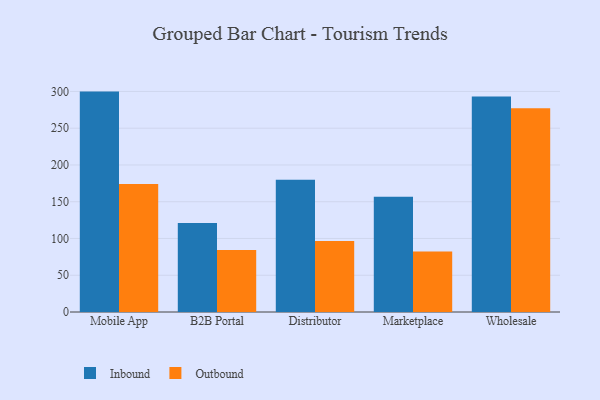
{"axis": {"x": "Channel", "y": "Page Views"}, "legend": ["Inbound", "Outbound"], "data": [{"x": "Mobile App", "y": 299.8, "type": "Inbound"}, {"x": "Mobile App", "y": 174.1, "type": "Outbound"}, {"x": "B2B Portal", "y": 121.2, "type": "Inbound"}, {"x": "B2B Portal", "y": 84.3, "type": "Outbound"}, {"x": "Distributor", "y": 180.0, "type": "Inbound"}, {"x": "Distributor", "y": 96.5, "type": "Outbound"}, {"x": "Marketplace", "y": 156.8, "type": "Inbound"}, {"x": "Marketplace", "y": 82.3, "type": "Outbound"}, {"x": "Wholesale", "y": 293.2, "type": "Inbound"}, {"x": "Wholesale", "y": 277.3, "type": "Outbound"}]}